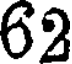
62